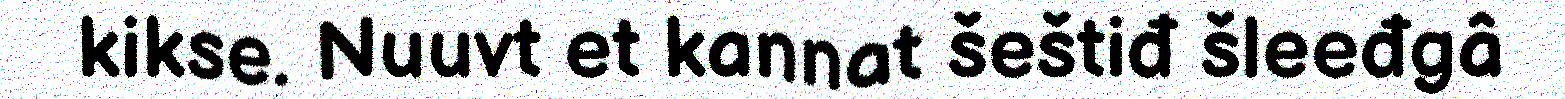
kikse. Nuuvt et kannat šeštiđ šleeđgâ